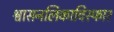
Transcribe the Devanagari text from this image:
श्वासनलिकाविस्फार